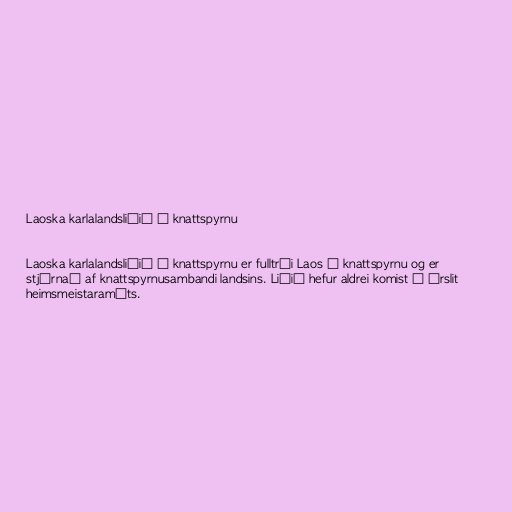
Laoska karlalandsliðið í knattspyrnu

Laoska karlalandsliðið í knattspyrnu er fulltrúi Laos í knattspyrnu og er
stjórnað af knattspyrnusambandi landsins. Liðið hefur aldrei komist í úrslit
heimsmeistaramóts.